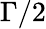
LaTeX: \Gamma/2